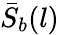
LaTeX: \bar{S}_{b}(l)